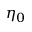
\eta _ { 0 }